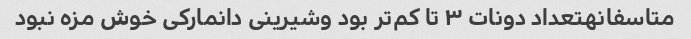
متاسفانهتعداد دونات ۳ تا کم‌تر بود وشیرینی دانمارکی خوش مزه نبود